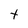
Character: t